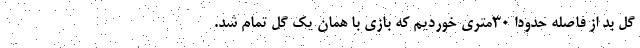
گل بد از فاصله حدودا 30متری خوردیم که بازی با همان یک گل تمام شد.